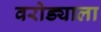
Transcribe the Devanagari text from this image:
वरोड्याला